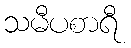
သမီပစာရီ